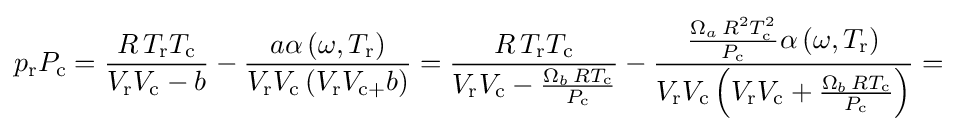
p_{\text{r}}P_{\text{c}}={\frac {R\,T_{\text{r}}T_{\text{c}}}{V_{\text{r}}V_{\text{c}}-b}}-{\frac {a\alpha \left(\omega ,T_{\text{r}}\right)}{V_{\text{r}}V_{\text{c}}\left(V_{\text{r}}V_{\text{c+}}b\right)}}={\frac {R\,T_{\text{r}}T_{\text{c}}}{V_{\text{r}}V_{\text{c}}-{\frac {\Omega _{b}\,RT_{\text{c}}}{P_{\text{c}}}}}}-{\frac {{\frac {\Omega _{a}\,R^{2}T_{\text{c}}^{2}}{P_{\text{c}}}}\alpha \left(\omega ,T_{\text{r}}\right)}{V_{\text{r}}V_{\text{c}}\left(V_{\text{r}}V_{\text{c}}+{\frac {\Omega _{b}\,RT_{\text{c}}}{P_{\text{c}}}}\right)}}=